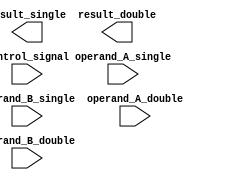
module fused_multiply_add_unit (
    input wire [31:0] operand_A_single,
    input wire [31:0] operand_B_single,
    input wire [31:0] operand_A_double,
    input wire [31:0] operand_B_double,
    input wire control_signal, // 0 for multiplication, 1 for addition
    output wire [31:0] result_single,
    output wire [31:0] result_double
);

reg [31:0] mul_result_single;
reg [31:0] add_result_single;
reg [31:0] shifted_result_single;

reg [31:0] mul_result_double;
reg [31:0] add_result_double;
reg [31:0] shifted_result_double;

// Multiplier
always @ (posedge control_signal)
begin
    if (control_signal == 0) // multiplication operation
        begin
            mul_result_single = operand_A_single * operand_B_single;
            mul_result_double = operand_A_double * operand_B_double;
        end
end

// Adder
always @ (posedge control_signal)
begin
    if (control_signal == 1) // addition operation
        begin
            add_result_single = mul_result_single + operand_B_single;
            add_result_double = mul_result_double + operand_B_double;
        end
end

// Shifter
always @ (posedge control_signal)
begin
    // shifting logic based on the exponent of floating point numbers
    // not implemented in this code snippet
end

// Output assignment
always @ *
begin
    result_single = shifted_result_single;
    result_double = shifted_result_double;
end

endmodule